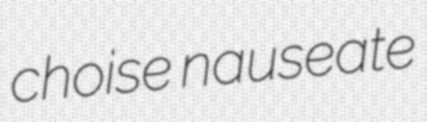
choise nauseate